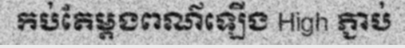
កប់តែម្តងពណ៌ឡើង High ភ្ជាប់